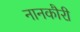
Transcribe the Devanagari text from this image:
नानकौरी